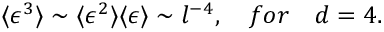
\langle \epsilon ^ { 3 } \rangle \sim \langle \epsilon ^ { 2 } \rangle \langle \epsilon \rangle \sim l ^ { - 4 } , ~ ~ ~ f o r ~ ~ ~ d = 4 .